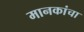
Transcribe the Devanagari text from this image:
मानकांचा